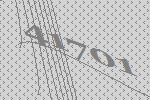
41701